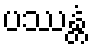
ပဿန္တံ